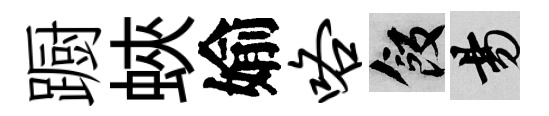
蹰蛺媮咯飯昜